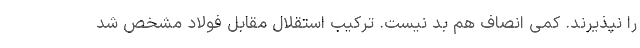
را نپذیرند. کمی انصاف هم بد نیست. ترکیب استقلال مقابل فولاد مشخص شد